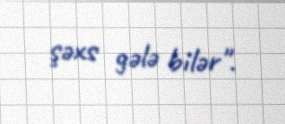
şəxs gələ bilər".